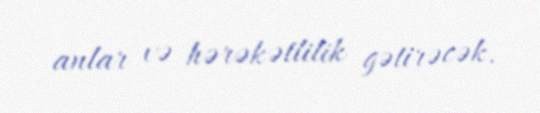
anlar və hərəkətlilik gətirəcək.